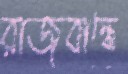
রাজবান্ধে